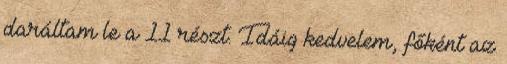
daráltam le a 11 részt. Idáig kedvelem, főként az